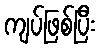
ကျပ်ဖြစ်ပြီး